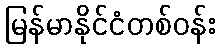
မြန်မာနိုင်ငံတစ်ဝန်း